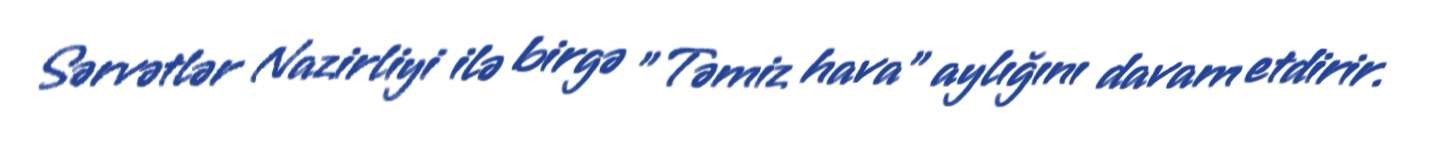
Sərvətlər Nazirliyi ilə birgə "Təmiz hava" aylığını davam etdirir.